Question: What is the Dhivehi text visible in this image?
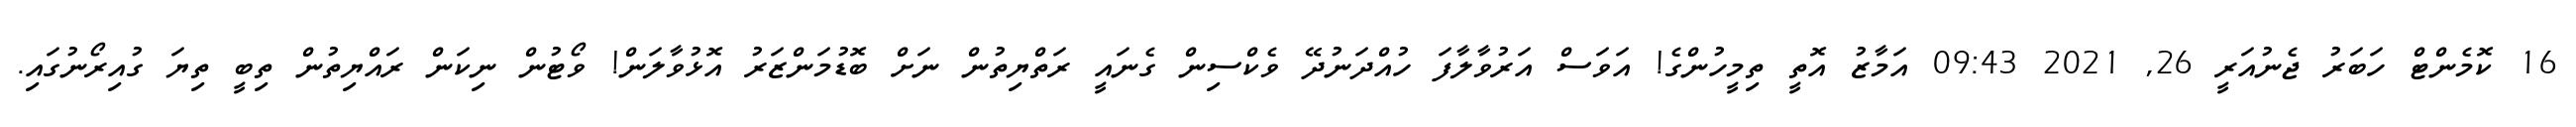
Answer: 16 ކޮމެންޓް ހަބަރު ޖެނުއަރީ 26, 2021 09:43 އަމާޒު އޮތީ ތިމީހުންގެ! އަވަސް އަރުވާލާފަ ހުއްދަނުދޭ ވެކްސިން ގެނައީ ރަތްޔިތުން ނަށް ބޮޑުމަންޒަރު އޮޅުވާލަން! ވޯޓުން ނިކަން ރައްޔިތުން ތިބީ ތިޔަ ގުއިރޯނުގައި.